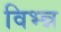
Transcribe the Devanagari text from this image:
विभ्न्न